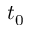
t _ { 0 }